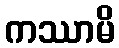
ကဿာမိ